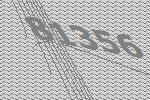
81356